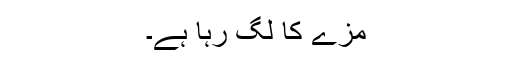
مزے کا لگ رہا ہے۔